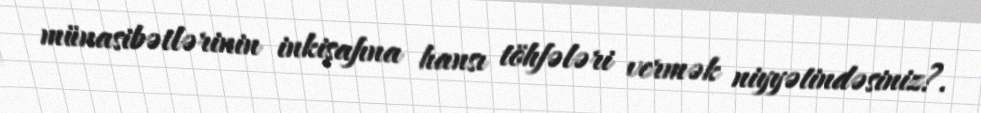
münasibətlərinin inkişafına hansı töhfələri vermək niyyətindəsiniz?.